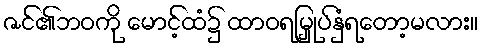
ဇင်၏ဘဝကို မောင့်ထံ၌ ထာဝရမြှုပ်နှံရတော့မလား။